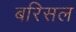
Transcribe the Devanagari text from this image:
बरिसल